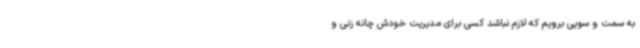
به سمت و سویی برویم که لازم نباشد کسی برای مدیریت خودش چانه زنی و